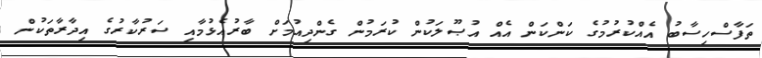
ތަފާސްހިސާބު އެއްކުރުމުގެ ކަންކަން އެއް އުޞޫލަކުން ކުރަމުން ގެންދިއުމަށް ބާރުއެޅުމާއި ސަރުކާރުގެ އިދާރާތަކުން